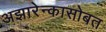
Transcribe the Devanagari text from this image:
अझारेन्कासोबत